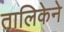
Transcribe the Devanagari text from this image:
तालिकेने